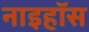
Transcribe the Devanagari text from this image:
नाइहॉस